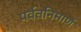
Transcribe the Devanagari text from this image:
पर्वतनिमार्ण